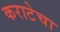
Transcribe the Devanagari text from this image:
कराटेचा